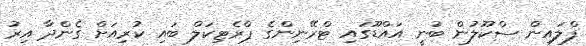
ފްލައިން ސްކޫލުން ބުނީ އައްޑޫގައި ޓްރޭނިންގެ ޕްރެޓިކަލް ބައި ކުރިއަށް ގެންދާ އިރު